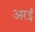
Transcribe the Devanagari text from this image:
अरई